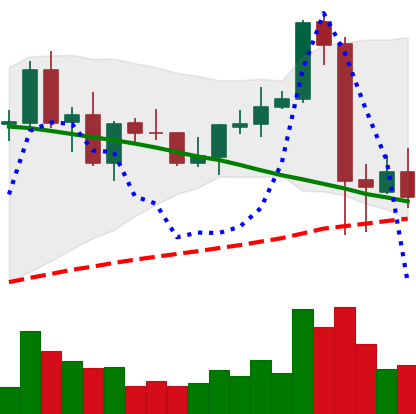
Ticker: NEO-USD
Chart end date: 2021-09-10
Forward return: 9.421%
Label: up_7plus